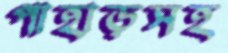
পাহাড়সহ